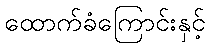
ထောက်ခံကြောင်းနှင့်